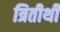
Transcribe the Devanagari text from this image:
त्रितीर्थी